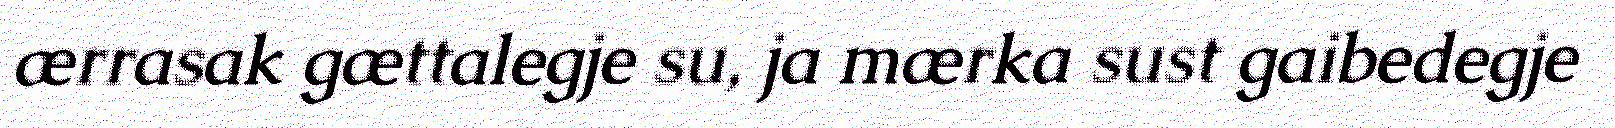
ærrasak gættalegje su, ja mærka sust gaibedegje